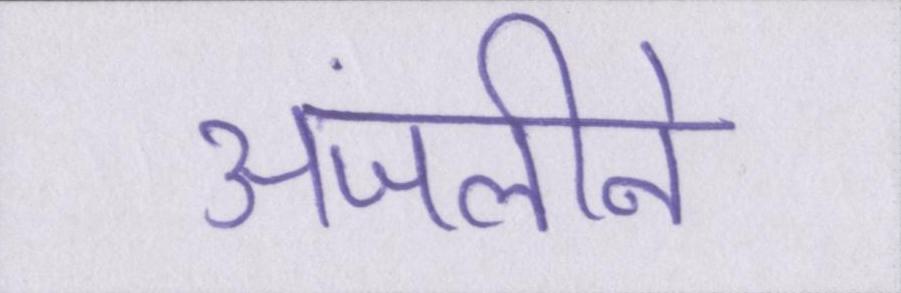
अंजलीने